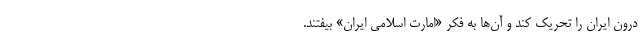
درون ایران را تحریک کند و آ‌ن‌ها به فکر «امارت اسلامی ایران» بیفتند.